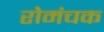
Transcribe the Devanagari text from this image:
रोमंचक